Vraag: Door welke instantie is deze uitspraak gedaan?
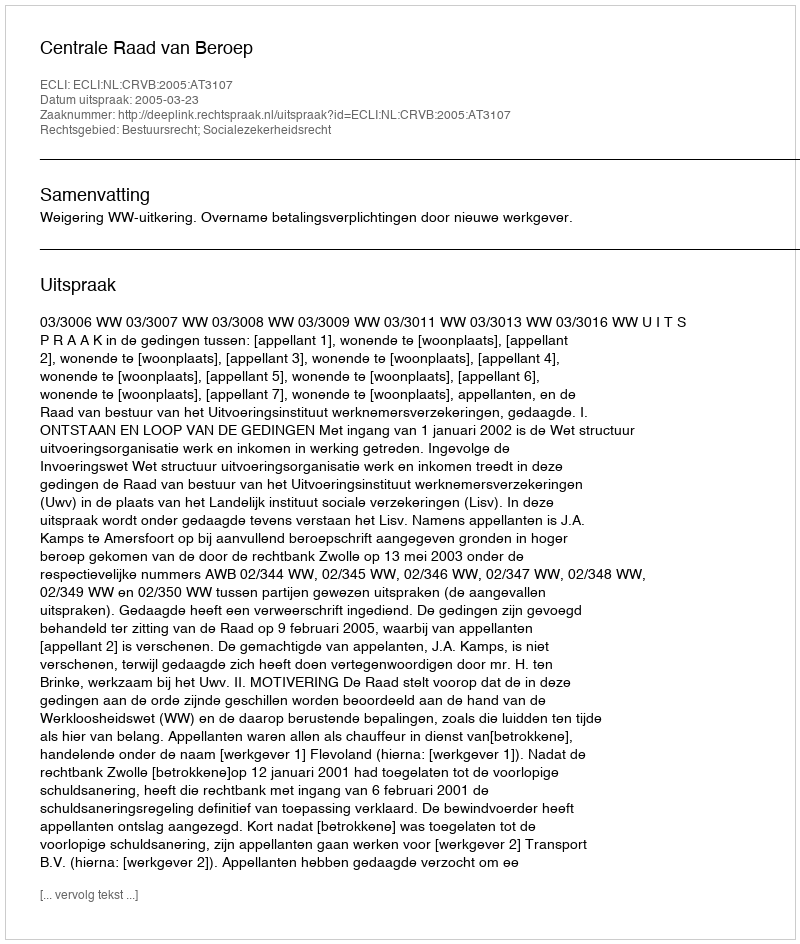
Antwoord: Centrale Raad van Beroep